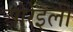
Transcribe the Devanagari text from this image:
ओरेइली